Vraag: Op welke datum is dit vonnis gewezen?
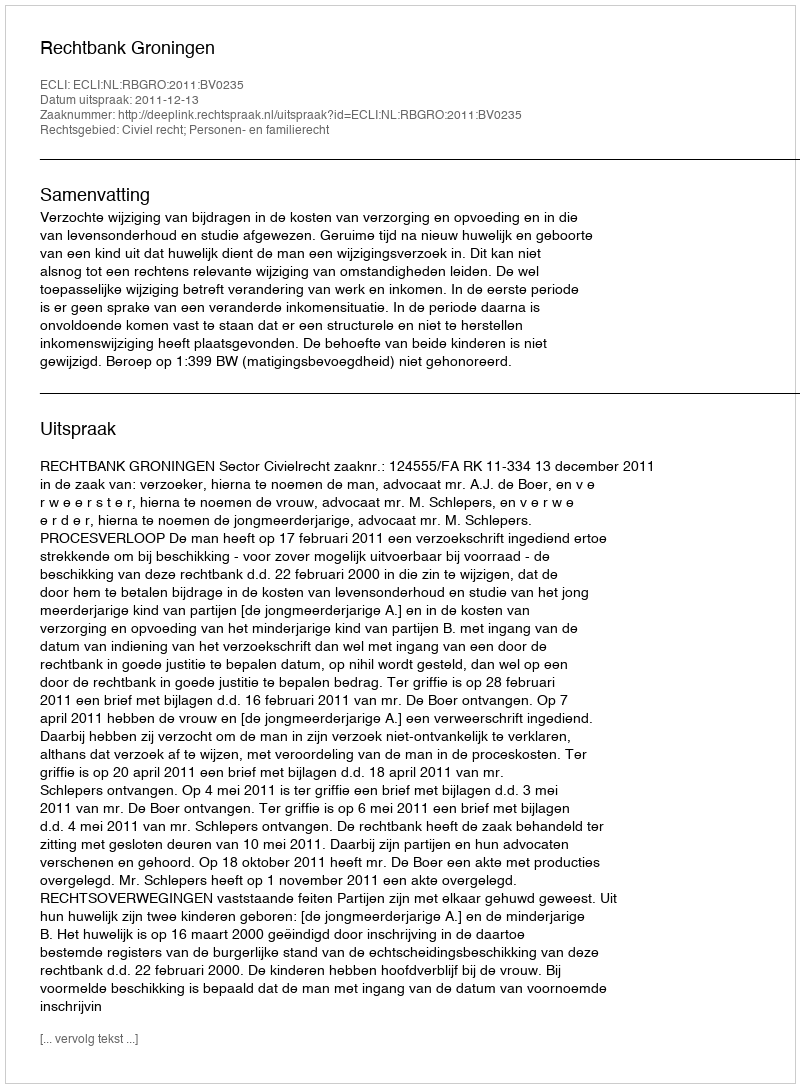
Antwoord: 2011-12-13